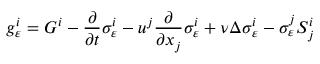
g _ { \varepsilon } ^ { i } = G ^ { i } - \frac { \partial } { \partial t } \sigma _ { \varepsilon } ^ { i } - u ^ { j } \frac { \partial } { \partial x _ { j } } \sigma _ { \varepsilon } ^ { i } + \nu \Delta \sigma _ { \varepsilon } ^ { i } - \sigma _ { \varepsilon } ^ { j } S _ { j } ^ { i }